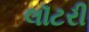
લૉટરી